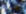
جحر